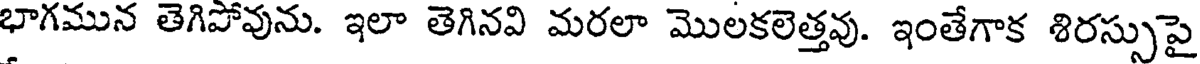
భాగమున తెగిపోవును. ఇలా తెగినవి మరలా మొలకలెత్తవు. ఇంతేగాక శిరస్సుపై